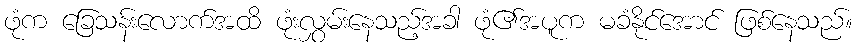
ဖုံက ခြေသန်းလောက်အထိ ဖုံးလွှမ်းနေသည့်အခါ ဖုံ၏အပူက မခံနိုင်အောင် ဖြစ်နေသည်။